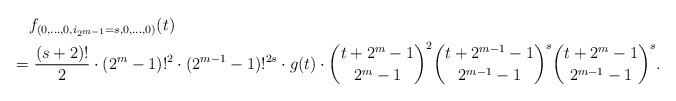
LaTeX: \begin{align*}&f_{(0,\ldots,0,i_{2^{m-1}}=s,0,\ldots,0)}(t) \\=&~ \frac{(s+2)!}{2} \cdot (2^m-1)!^2 \cdot (2^{m-1}-1)!^{2s} \cdot g(t) \cdot \binom{t+2^m-1}{2^m-1}^2 \binom{t+2^{m-1}-1}{2^{m-1}-1}^{s}\binom{t+2^m-1}{2^{m-1}-1}^{s}. \end{align*}